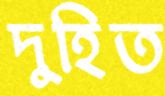
দুহিত